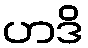
ဟဒိ